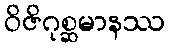
ဝိဇိဂုစ္ဆမာနဿ